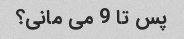
پس تا 9 می مانی؟